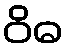
ဝိဓ